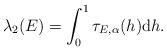
LaTeX: \begin{align*}\lambda_{2}(E) = \int_0^1 \tau_{E,\alpha}(h) \mathrm{d}h. \end{align*}